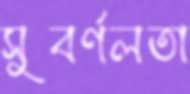
সুবর্ণলতা